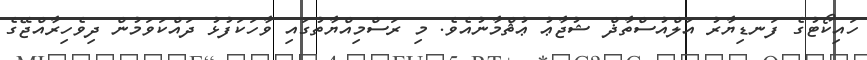
ހައިކޯޓުގެ ފަނޑިޔާރު އަލްއުސްތާޛް ޝުޖާޢު ޢުޘްމާނުއެވެ. މި ރަސްމިއްޔާތުގައި ވާހަކަފުޅު ދައްކަވަމުން ދިވެހިރާއްޖޭގެ